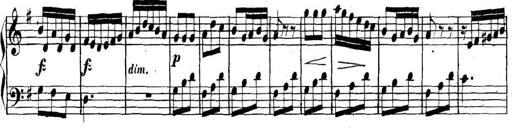
Title: Collected Piano Sonatas
Composer: Muzio Clementi